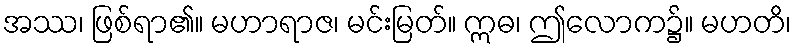
အဿ၊ ဖြစ်ရာ၏။ မဟာရာဇ၊ မင်းမြတ်။ ဣဓ၊ ဤလောက၌။ မဟတိ၊